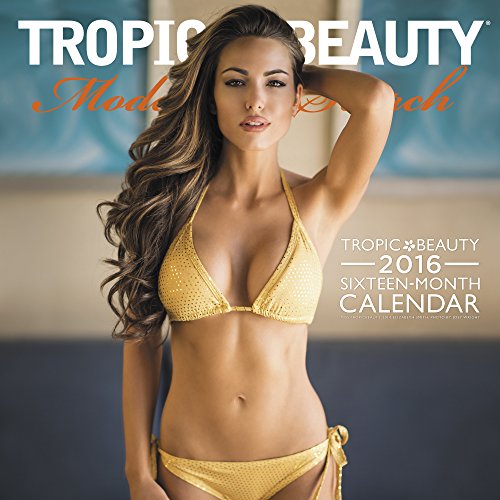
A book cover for Tropic Beauty Model Search Wall Calendar (2016); Mead; Calendars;